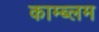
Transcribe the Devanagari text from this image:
काम्ब्लम